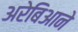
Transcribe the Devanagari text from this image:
अरेबिआने